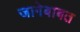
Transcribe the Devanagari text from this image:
जागेबाबत